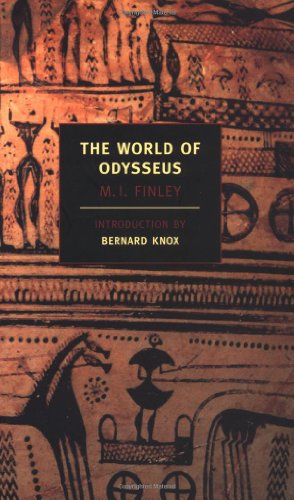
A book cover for The World of Odysseus (New York Review Books Classics); M.I. Finley; Literature & Fiction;